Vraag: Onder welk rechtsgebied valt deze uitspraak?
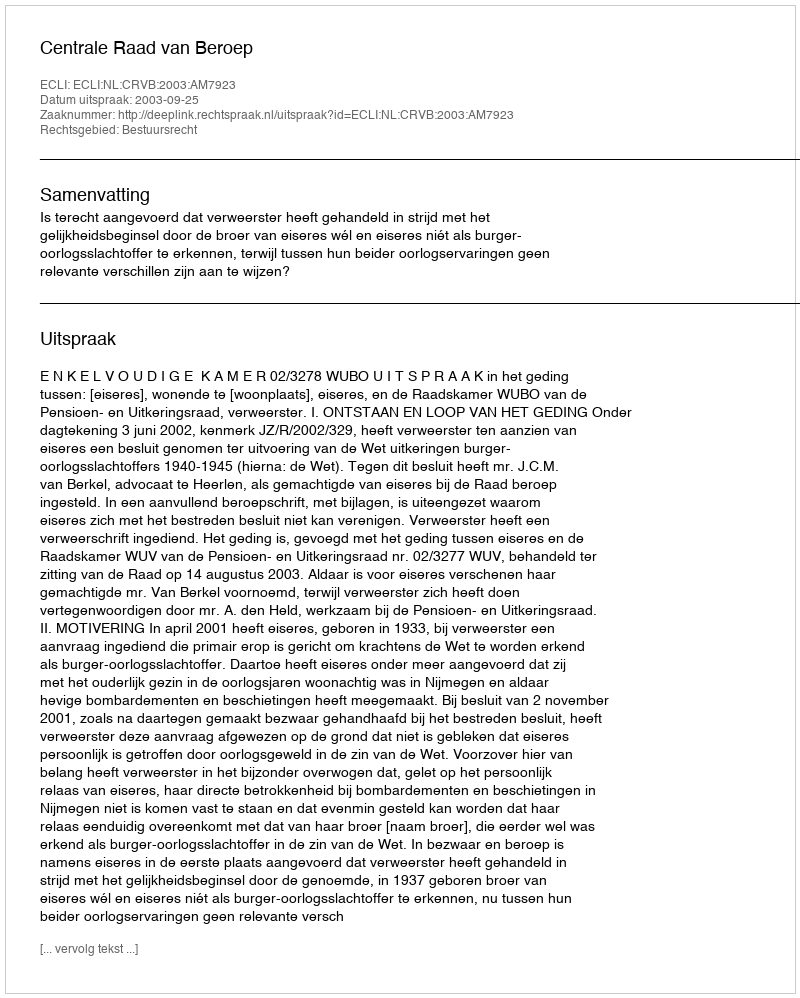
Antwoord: Bestuursrecht